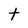
Character: t